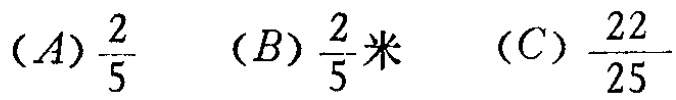
$(A)\frac{2}{5}\quad (B)\frac{2}{5}\text{米}\quad (C)\frac{22}{25}$